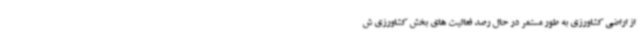
از اراضی کشاورزی به طور مستمر در حال رصد فعالیت های بخش کشاورزی ش